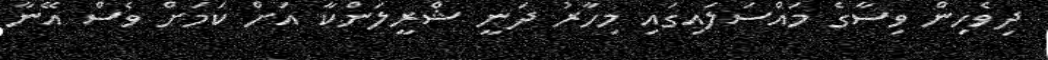
ދިވެހިން ވިސާގެ މައްސަލައިގައި މިހާރު ދަނީ ޝްރީލަންކާ އަށް ކަމަށް ވެސް އޭނާ